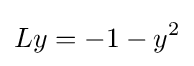
Ly=-1-y^{2}